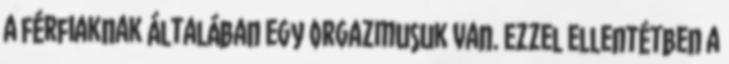
A férfiaknak általában egy orgazmusuk van. Ezzel ellentétben a